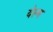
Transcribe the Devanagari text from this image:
येल्म